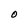
Character: O